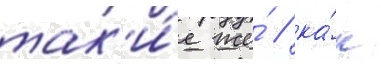
так'и́е же́ / ка́к